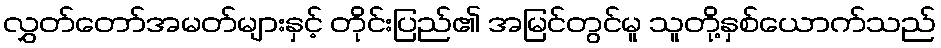
လွှတ်တော်အမတ်များနှင့် တိုင်းပြည်၏ အမြင်တွင်မူ သူတို့နှစ်ယောက်သည်